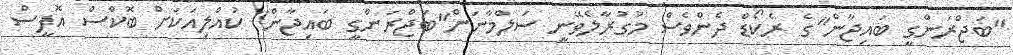
"ބަޖްރަންގީ ބައިޖާން"ގެ ރެކޯޑް ދެންވެސް މުގުރާލެވޭނީ ސަލްމާނަށް"ބަޖްރަންގީ ބައިޖާން" ކުއްލިއަކަށް ބޮކްސް އޮފީސް